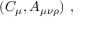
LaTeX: ( C _ { \mu } , A _ { \mu \nu \rho } ) \ ,